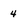
Character: 4